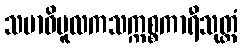
သမာဓိမူလကသက္ကစ္စကာရီသုတ္တံ